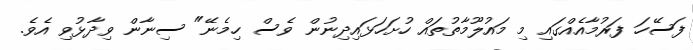
ފަސޭހަ ފަރުމާއެއްގައި މި މައުލޫމާތުތައް ހުށަހަޅައިދިނުން ވެސް ހިމެނޭ" ސިނާން ވިދާޅުވި އެވެ.